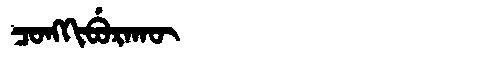
Manchu: ᠴᠣᠩᡴᡳᠪᡠᡵᠠᡴᡡ
Romanization: CONGKIBURAKŪ